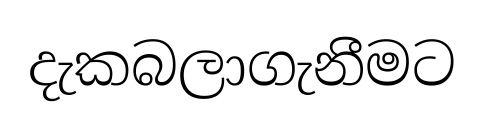
දැකබලාගැනීමට